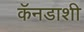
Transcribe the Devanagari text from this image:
कॅनडाशी